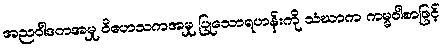
အညဝါဒကအမှု ဝိဟေသကအမှု ပြုသောရဟန်းကို သံဃာက ကမ္မဝါစာဖြင့်